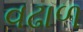
વઢાળ